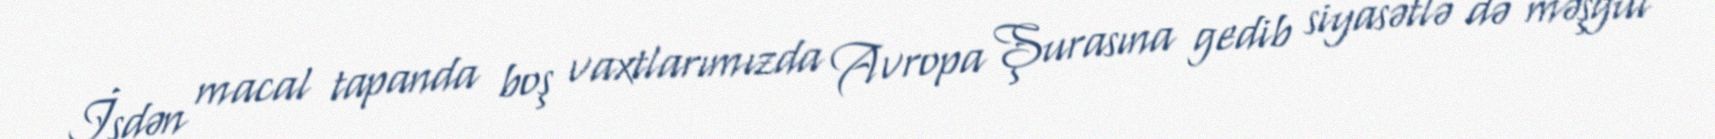
İşdən macal tapanda boş vaxtlarımızda Avropa Şurasına gedib siyasətlə də məşğul